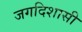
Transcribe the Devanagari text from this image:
जगदिशासी